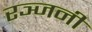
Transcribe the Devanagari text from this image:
रञ्जनी